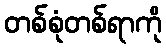
တစ်စုံတစ်ရာကို